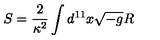
S = \frac { 2 } { \kappa ^ { 2 } } \int d ^ { 1 1 } x \sqrt { - g } R